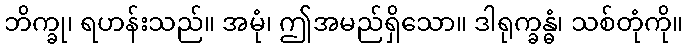
ဘိက္ခု၊ ရဟန်းသည်။ အမုံ၊ ဤအမည်ရှိသော။ ဒါရုက္ခန္ဓံ၊ သစ်တုံကို။